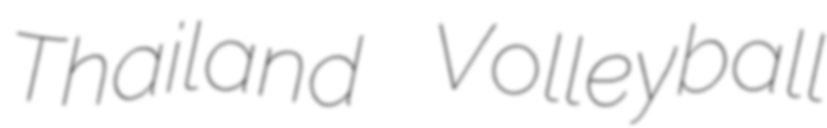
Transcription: Thailand Volleyball